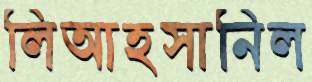
লিআহসানিল